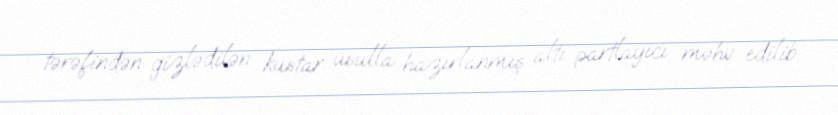
tərəfindən gizlədilən kustar üsulla hazırlanmış altı partlayıcı məhv edilib.